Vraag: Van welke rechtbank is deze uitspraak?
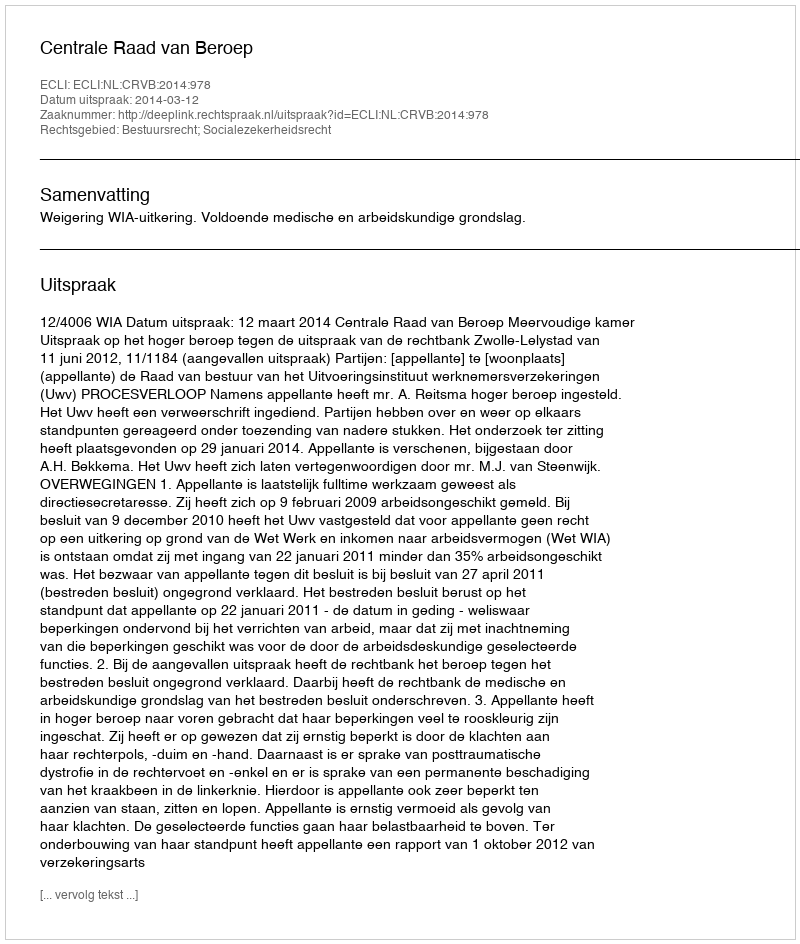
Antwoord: Centrale Raad van Beroep